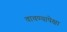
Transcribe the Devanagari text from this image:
वाचण्यापेक्षा